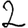
Digit: 2